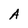
Character: A